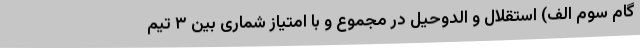
گام سوم الف) استقلال و الدوحیل در مجموع و با امتیاز شماری بین ۳ تیم